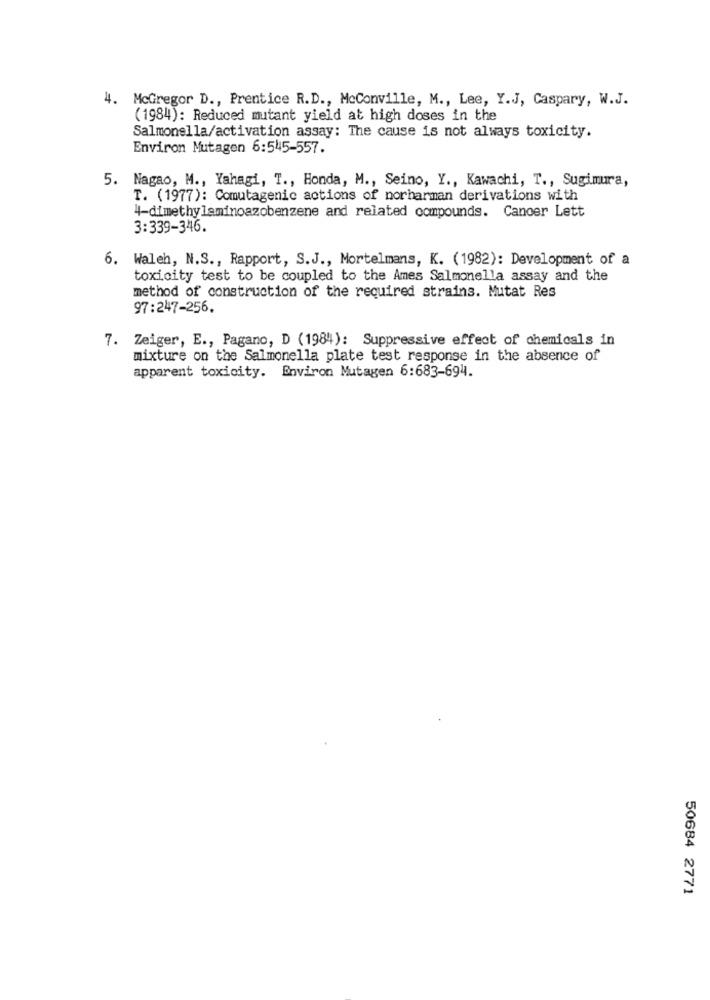
4. McGregor D ., Prentice R.D ., MoConville, M ., Lee, Y.J, Caspary, W.J.
(1984): Reduced mutant yield at high doses in the
Salmonella/activation assay: The cause is not always toxicity.
Environ Mutagen 6:545-557.
5. Nagao, M ., Yahagi, T ., Honda, M ., Seino, Y ., Kawachi, T ., Sugimura,
T. (1977): Comutagenic actions of norharman derivations with
4-dimethylaminoazobenzene and related compounds. Cancer Lett
3:339-346.
6. Waleh, N.S ., Rapport, S.J ., Mortelmans, K. (1982): Development of a
toxicity test to be coupled to the Ames Salmonella assay and the
method of construction of the required strains. Mutat Res
97:247-256.
7. Zeiger, E ., Pagano, D (1984): Suppressive effect of chemicals in
mixture on the Salmonella plate test response in the absence of
apparent toxicity. Environ Mutagen 6:683-694.
50684 2771